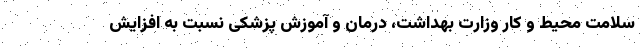
سلامت محیط و کار وزارت بهداشت، درمان و آموزش پزشکی نسبت به افزایش